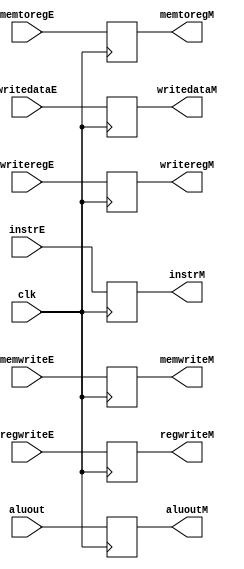
// This program was cloned from: https://github.com/the-pinbo/MIPS-5-Stage-Pipeline-Project
// License: MIT License

module M_EX_MEM_REG(
    input clk,
    input[31:0] instrE,
    input regwriteE, memtoregE, memwriteE,
    // input zero, 
    input[31:0] aluout, writedataE,
    input[4:0] writeregE,
    // input [31:0] pcbranch,
    output reg regwriteM, memtoregM, memwriteM,
    //output reg zeroM, 
    output reg [31:0] aluoutM, writedataM,
    output reg [4:0] writeregM,
    //output reg [31:0] pcbranchM,
    output reg [31:0] instrM);

    always @(posedge clk) begin
        //$display("EX to MEM");
        regwriteM <= regwriteE;
        memtoregM <= memtoregE;
        memwriteM <= memwriteE;
        //branchM <= branchE;
        //zeroM <= zero;
        aluoutM <= aluout;
        writedataM <= writedataE;
        writeregM <= writeregE;
        //pcbranchM <= pcbranch;
        instrM <= instrE;
        if(instrM!=8'hx)
            $display("Instruction %h is in MEM stage", instrM);
    end
endmodule